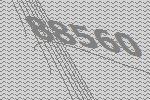
88560